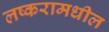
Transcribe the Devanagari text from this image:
लष्करामधील